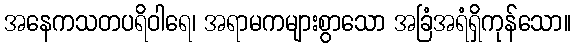
အနေကသတပရိဝါရေ၊ အရာမကများစွာသော အခြံအရံရှိကုန်သော။